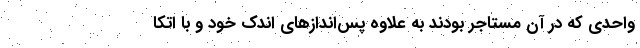
واحدی که در آن مستاجر بودند به علاوه پس‌‌اندازهای اندک خود و با اتکا